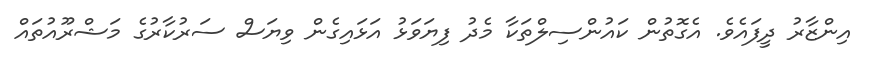
އިންޒާރު ދީފައެވެ. އެގޮތުން ކައުންސިލްތަކާ މެދު ފިޔަވަޅު އަޅައިގެން ވިޔަސް ސަރުކާރުގެ މަޝްރޫއުތައް